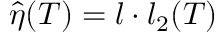
\hat { \eta } ( T ) = l \cdot l _ { 2 } ( T )